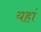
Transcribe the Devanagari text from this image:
यहांं